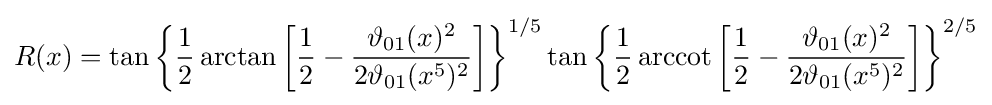
R(x)=\tan {\biggl \{}{\frac {1}{2}}\arctan {\biggl [}{\frac {1}{2}}-{\frac {\vartheta _{01}(x)^{2}}{2\vartheta _{01}(x^{5})^{2}}}{\biggr ]}{\biggr \}}^{1/5}\tan {\biggl \{}{\frac {1}{2}}\operatorname {arccot} {\biggl [}{\frac {1}{2}}-{\frac {\vartheta _{01}(x)^{2}}{2\vartheta _{01}(x^{5})^{2}}}{\biggr ]}{\biggr \}}^{2/5}